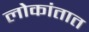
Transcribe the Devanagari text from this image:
लोकांतात